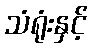
သံရုံးနှင့်